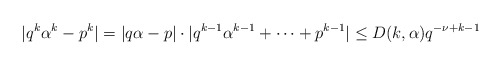
\begin{align*} \vert q^{k}\alpha^{k}-p^{k}\vert=\vert q\alpha-p\vert\cdot\vert q^{k-1}\alpha^{k-1}+\cdots+p^{k-1}\vert\leq D(k,\alpha)q^{-\nu+k-1}\end{align*}